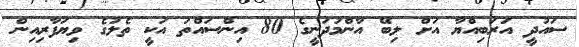
ސައުދީ އަރަބިއްޔާ އަށް ލިބޭ އާންމުދަނީގެ 80 އިންސައްތަ އަކީ ތެލުގެ ވިޔަފާރިއިން